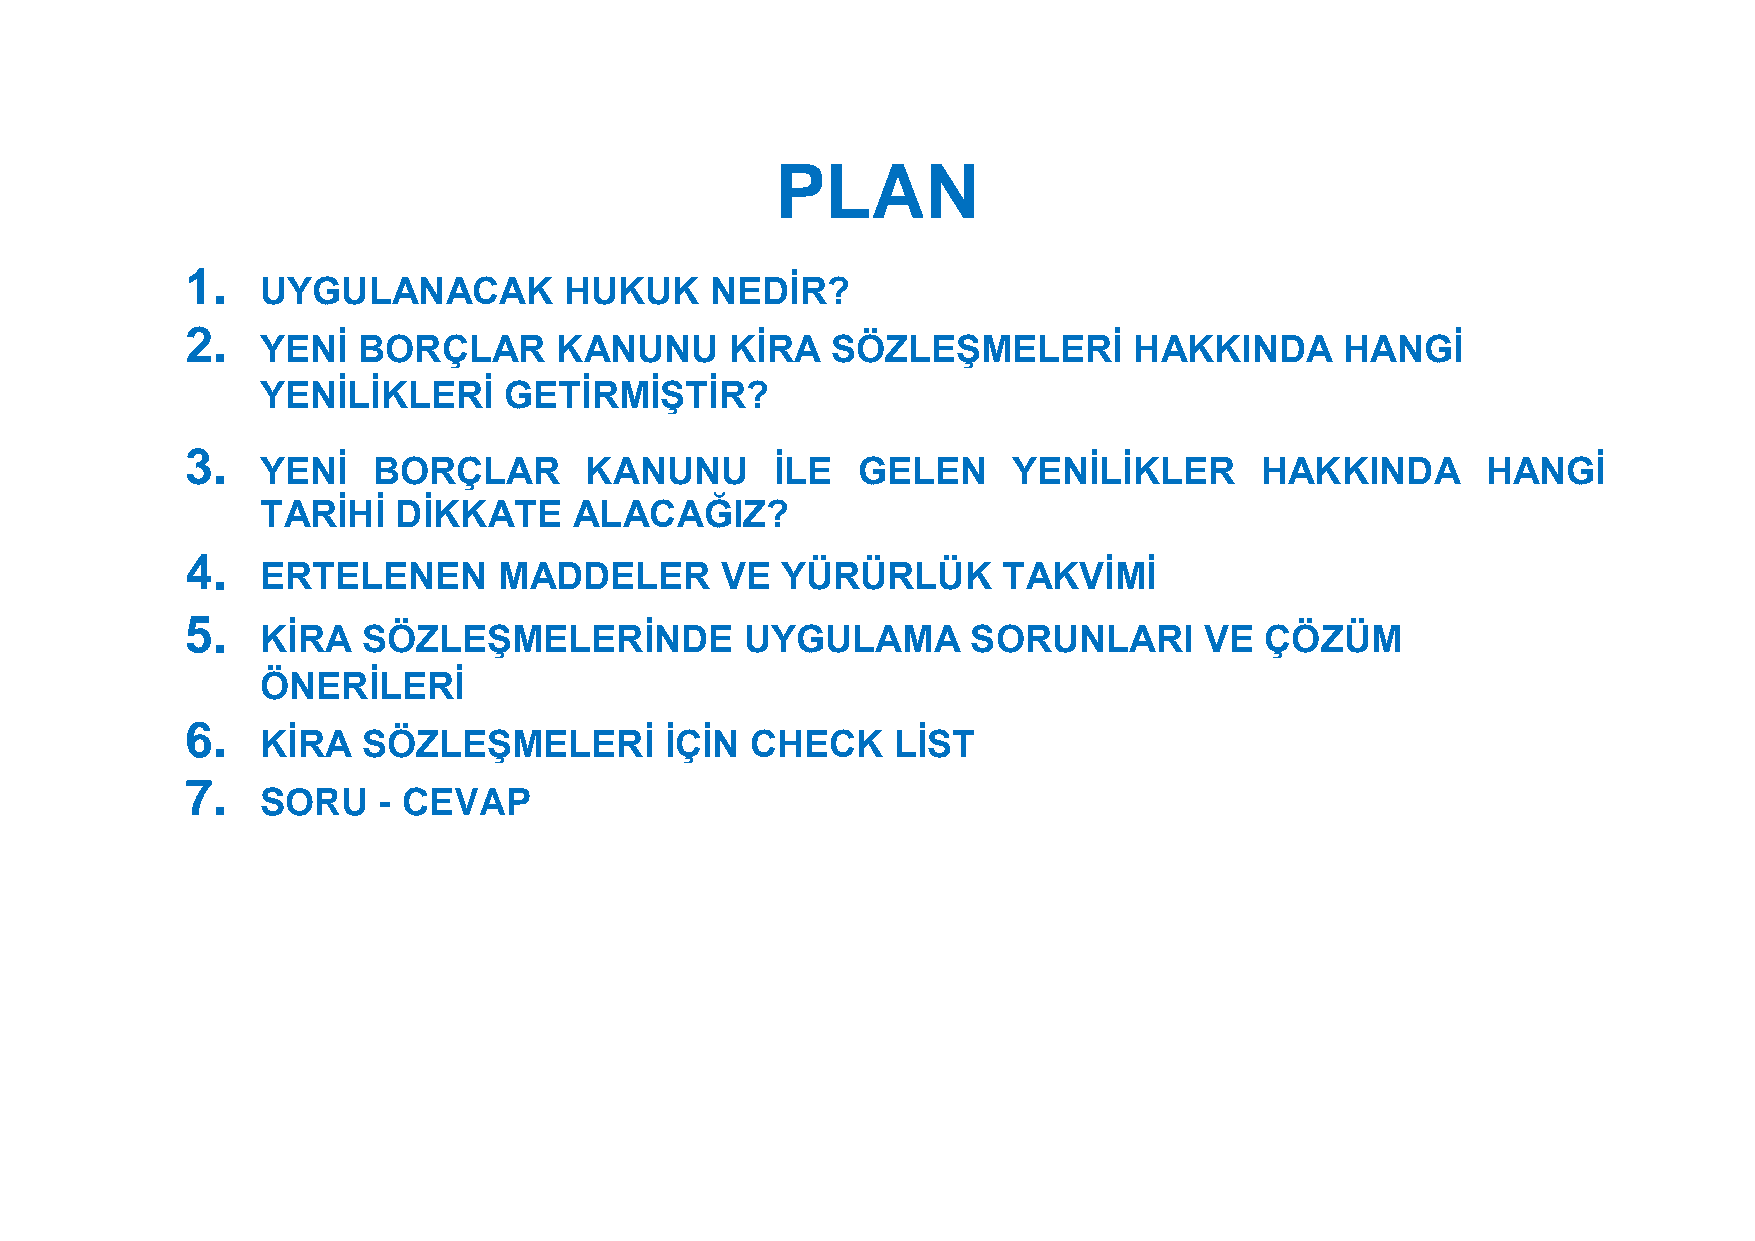
PLAN
 1.
 UYGULANACAK         HUKUK     NEDİR?
 2.
 YENİ   BORÇLAR      KANUNU     KİRA   SÖZLEŞMELERİ        HAKKINDA      HANGİ
 YENİLİKLERİ     GETİRMİŞTİR?
 3.
 YENİ    BORÇLAR       KANUNU      İLE   GELEN     YENİLİKLER      HAKKINDA       HANGİ
 TARİHİ   DİKKATE     ALACAĞIZ?
 4.
 ERTELENEN       MADDELER       VE  YÜRÜRLÜK      TAKVİMİ
 5.
 KİRA   SÖZLEŞMELERİNDE          UYGULAMA       SORUNLARI       VE  ÇÖZÜM
 ÖNERİLERİ
 6.
 KİRA   SÖZLEŞMELERİ        İÇİN  CHECK    LİST
 7.
 SORU    - CEVAP